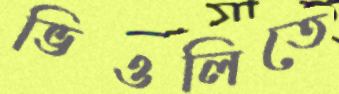
ভিওলিতে